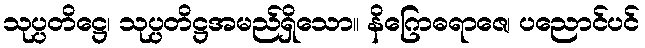
သုပ္ပတိဋ္ဌေ၊ သုပ္ပတိဋ္ဌအမည်ရှိသော။ နိဂြောဓရာဇေ၊ ပညောင်ပင်